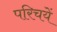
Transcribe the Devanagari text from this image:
परिचयें